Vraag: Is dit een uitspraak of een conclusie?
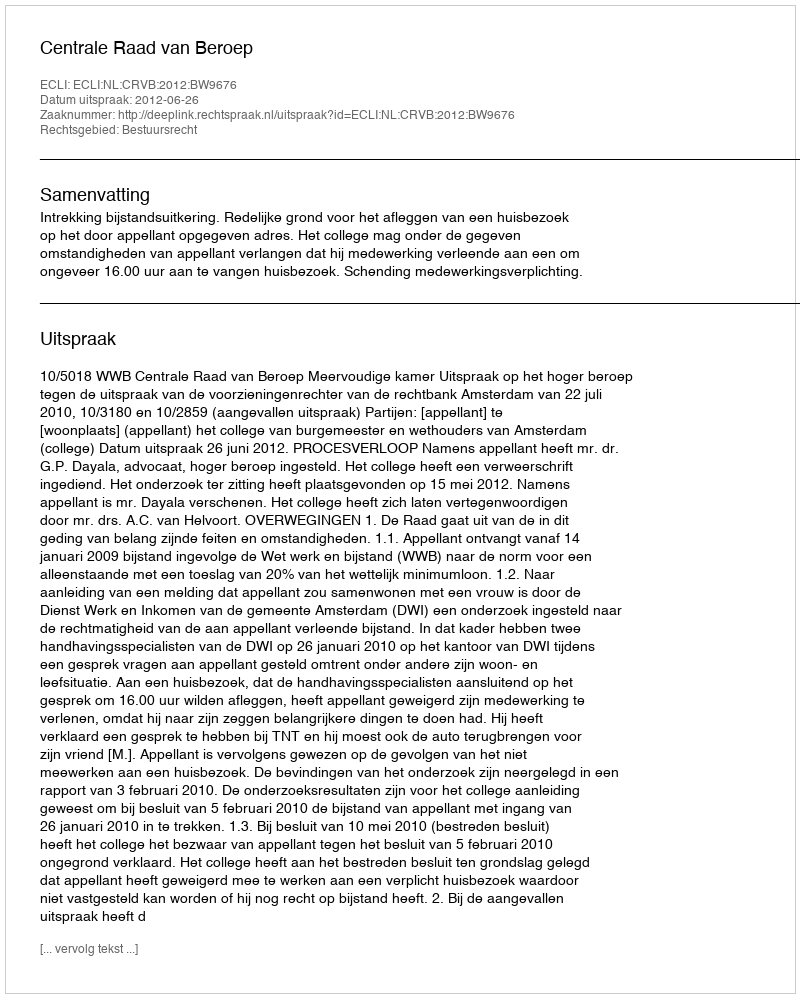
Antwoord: Uitspraak